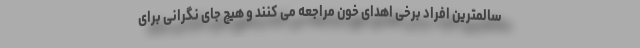
سالمترین افراد برخی اهدای خون مراجعه می کنند و هیچ جای نگرانی برای